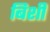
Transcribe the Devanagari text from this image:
बिशी